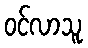
ဝင်လာသူ